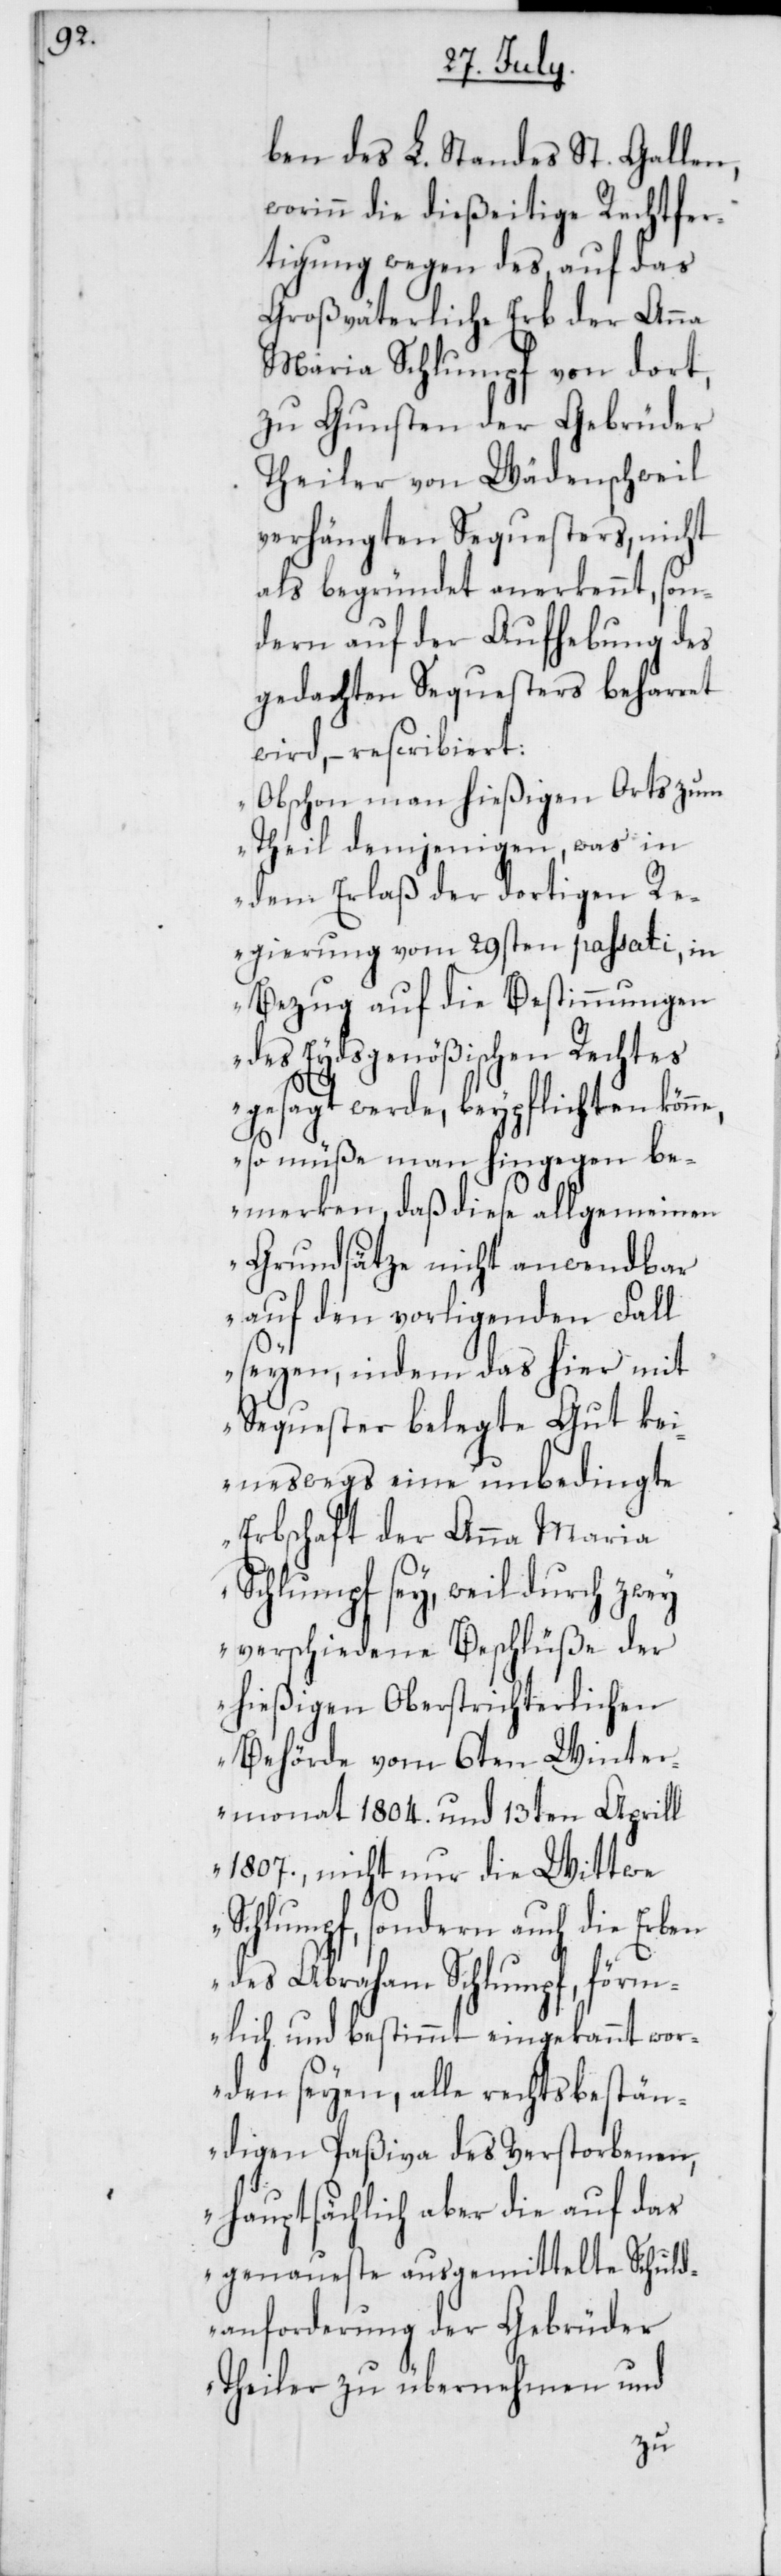
ben des L. Standes St. Gallen,
worin die dießeitige Rechtfer¬
tigung wegen des auf das
Großväterliche Erb der Anna
Maria Schlumpf von dort,
zu Gunsten der Gebrüder
Theiler von Wädenschweil
verhängten Sequesters, nicht
als begründet anerkennt, son¬
dern auf der Aufhebung des
gedachten Sequesters beharret
wird, – rescribiert:
„Obschon man hießigen Orts zum
Theil demjenigen, was in
dem Erlaß der dortigen R¬
egierung vom 29sten passati, in
Bezug auf die Bestimmungen
des Eydsgenößischen Rechtes
gesagt werde, beypflichten könn¬
e, so müße man hingegen be¬
merken, daß diese allgemeinen
Grundsätze nicht anwendbar
auf den vorligenden Fall
seyen, indem das hier mit
Sequester belegte Gut ke¬
ineswegs eine unbedingte
Erbschaft der Anna Maria
Schlumpf sey, weil durch zwey
verschiedene Beschlüße der
hießigen Oberstrichterlichen
Behörde vom 6ten Winter¬
monat 1804. und 13ten Aprill
1807., nicht nur die Wittwe
Schlumpf, sondern auch die Erben
des Abraham Schlumpf, förm¬
lich und bestimmt eingekannt wor¬
den seyen, alle rechtsbestän¬
digen Paßiva des Verstorbenen,
hauptsächlich aber die auf das
genaueste ausgemittelte Schuld¬
anforderung der Gebrüder
Theiler zu übernehmen und